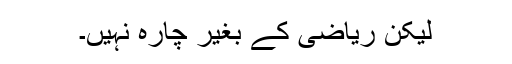
لیکن ریاضی کے بغیر چارہ نہیں۔